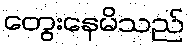
တွေးနေမိသည်